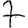
Digit: 7